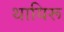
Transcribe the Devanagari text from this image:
थायिरू